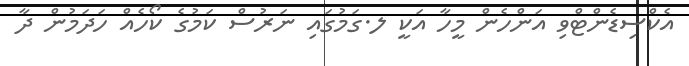
އެކްސިޑެންޓްވި އަންހެން މީހާ އަކީ ލ.ގަމުގައި ނަރުސް ކަމުގެ ކޯހެއް ހަަދަމުން ދާ